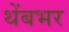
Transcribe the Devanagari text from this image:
थेंबभर